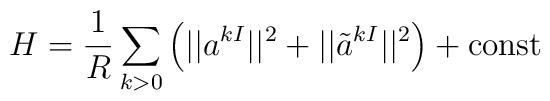
H={1\over R} \sum_{k>0}\left(||a^{kI}||^2+||\tilde{a}^{kI}||^2\right)+\mbox{const}